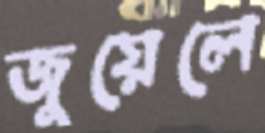
জুয়েলে